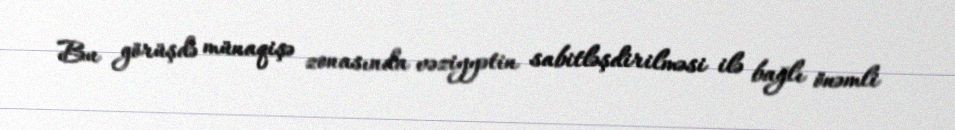
Bu görüşdə münaqişə zonasında vəziyyətin sabitləşdirilməsi ilə bağlı önəmli